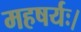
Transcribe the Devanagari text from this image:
महषर्यः।